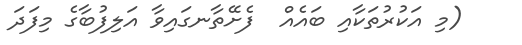
(މި އަކުރުތަކާއި ބައެއް  ފެށޭތާނގައިވާ އަލިފުބާގެ މިފަދަ